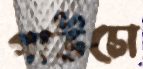
গাউচো